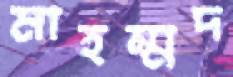
মাহম্মদ